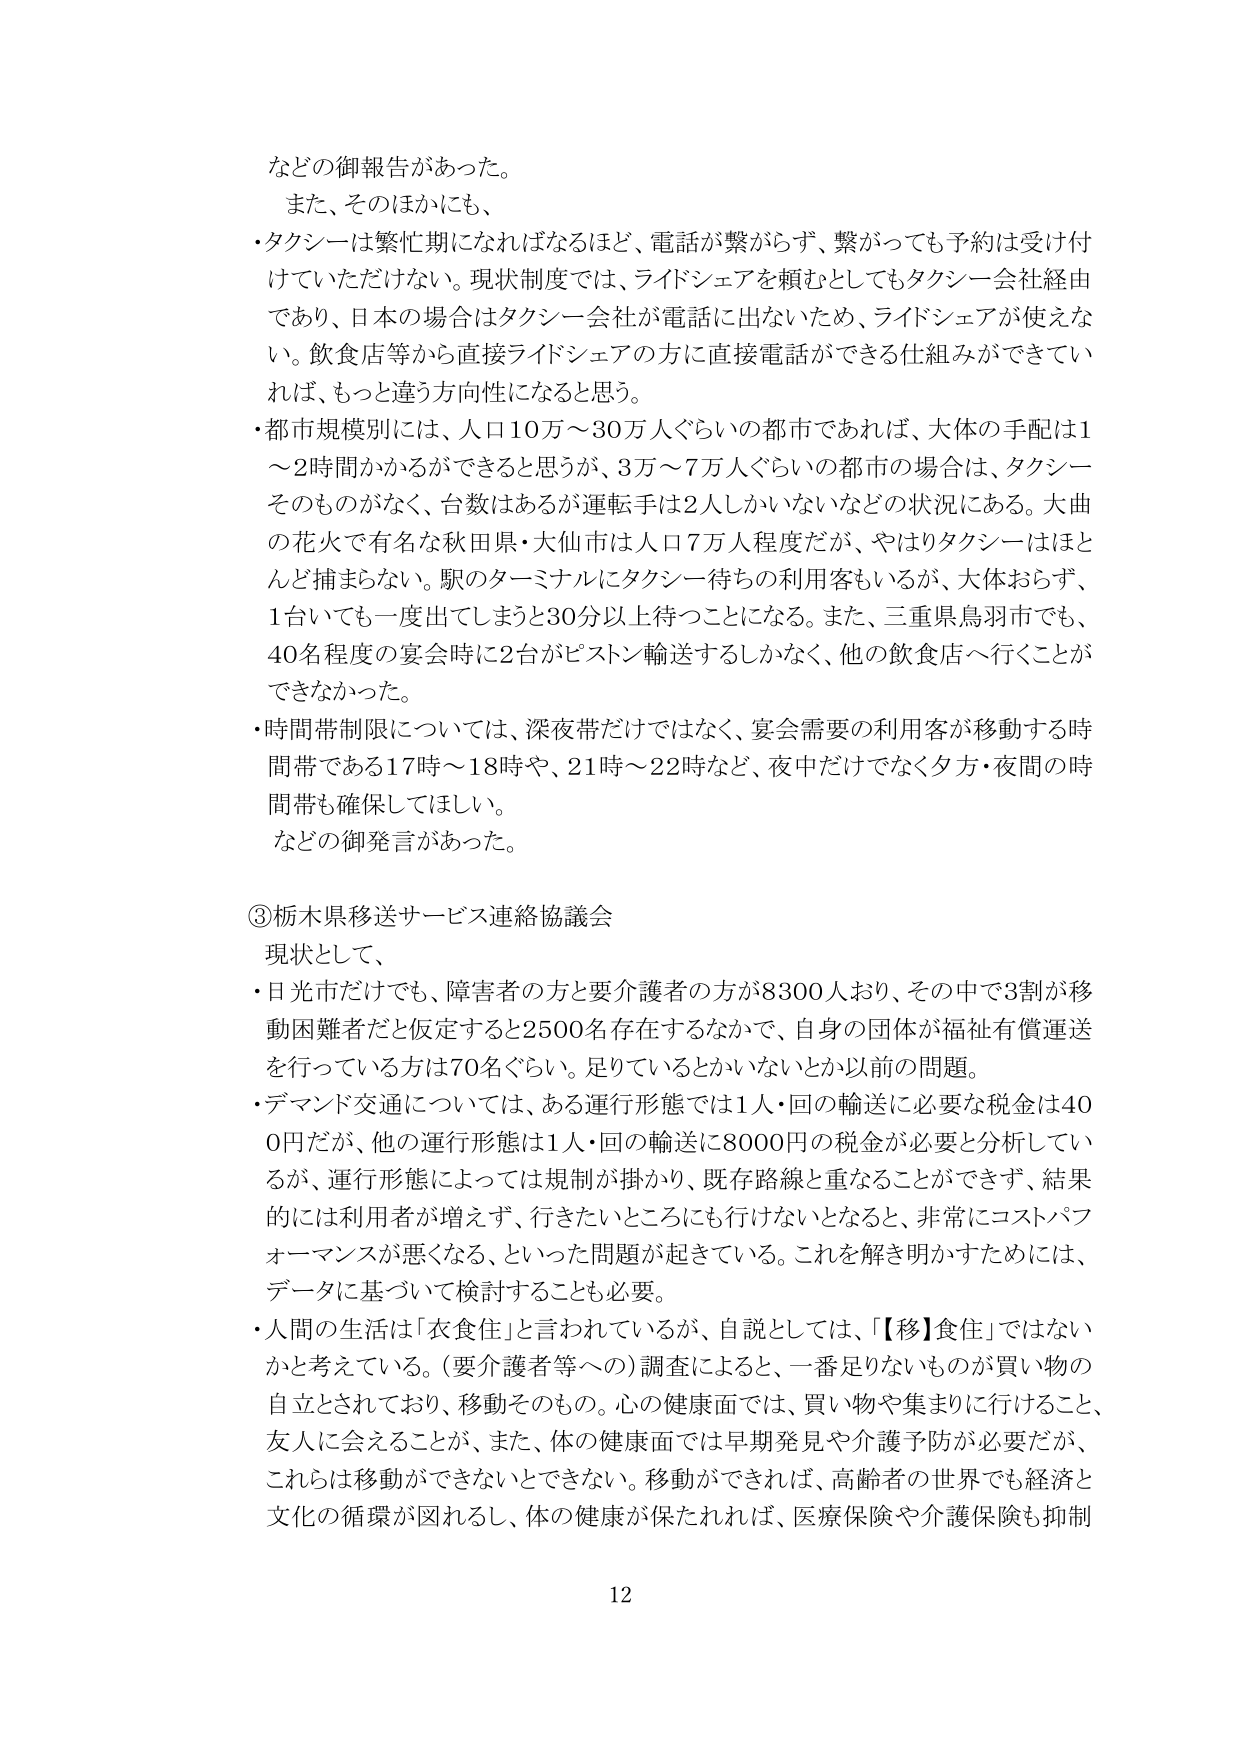
などの御報告があった。
また、そのほかにも、
・タクシーは繁忙期になればなるほど、電話が繋がらず、繋がっても予約は受け付けていただけない。現状制度では、ライドシェアを頼むとしてもタクシー会社経由であり、日本の場合はタクシー会社が電話に出ないため、ライドシェアが使えない。飲食店等から直接ライドシェアの方に直接電話ができる仕組みができていれば、もっと違う方向性になると思う。
・都市規模別には、人口10万～30万人ぐらいの都市であれば、大体の手配は1～2時間かかるができると思うが、3万～7万人ぐらいの都市の場合は、タクシーそのものがなく、台数はあるが運転手は2人しかいないなどの状況にある。大曲の花火で有名な秋田県・大仙市は人口7万人程度だが、やはりタクシーはほとんど捕まらない。駅のターミナルにタクシー待ちの利用客もいるが、大体おらず、1台いても一度出てしまうと30分以上待つことになる。また、三重県鳥羽市でも、40名程度の宴会時に2台がピストン輸送するしかなく、他の飲食店へ行くことができなかった。
・時間帯制限については、深夜帯だけではなく、宴会需要の利用客が移動する時間帯である17時～18時や、21時～22時など、夜中だけでなく夕方・夜間の時間帯も確保してほしい。
などの御発言があった。

③栃木県移送サービス連絡協議会
現状として、
・日光市だけでも、障害者の方と要介護者の方が8300人おり、その中で3割が移動困難者だと仮定すると2500名存在するなかで、自身の団体が福祉有償運送を行っている方は70名ぐらい。足りているとかいないとか以前の問題。
・デマンド交通については、ある運行形態では1人・回の輸送に必要な税金は400円だが、他の運行形態は1人・回の輸送に8000円の税金が必要と分析しているが、運行形態によっては規制が掛かり、既存路線と重なることができず、結果的には利用者が増えず、行きたいところにも行けないとなると、非常にコストパフォーマンスが悪くなる、といった問題が起きている。これを解き明かすためには、データに基づいて検討することも必要。
・人間の生活は「衣食住」と言われているが、自説としては、「【移】食住」ではないかと考えている。（要介護者等への）調査によると、一番足りないものが買い物の自立とされており、移動そのもの。心の健康面では、買い物や集まりに行けること、友人に会えることが、また、体の健康面では早期発見や介護予防が必要だが、これらは移動ができないとできない。移動ができれば、高齢者の世界でも経済と文化の循環が図れるし、体の健康が保たれれば、医療保険や介護保険も抑制

12